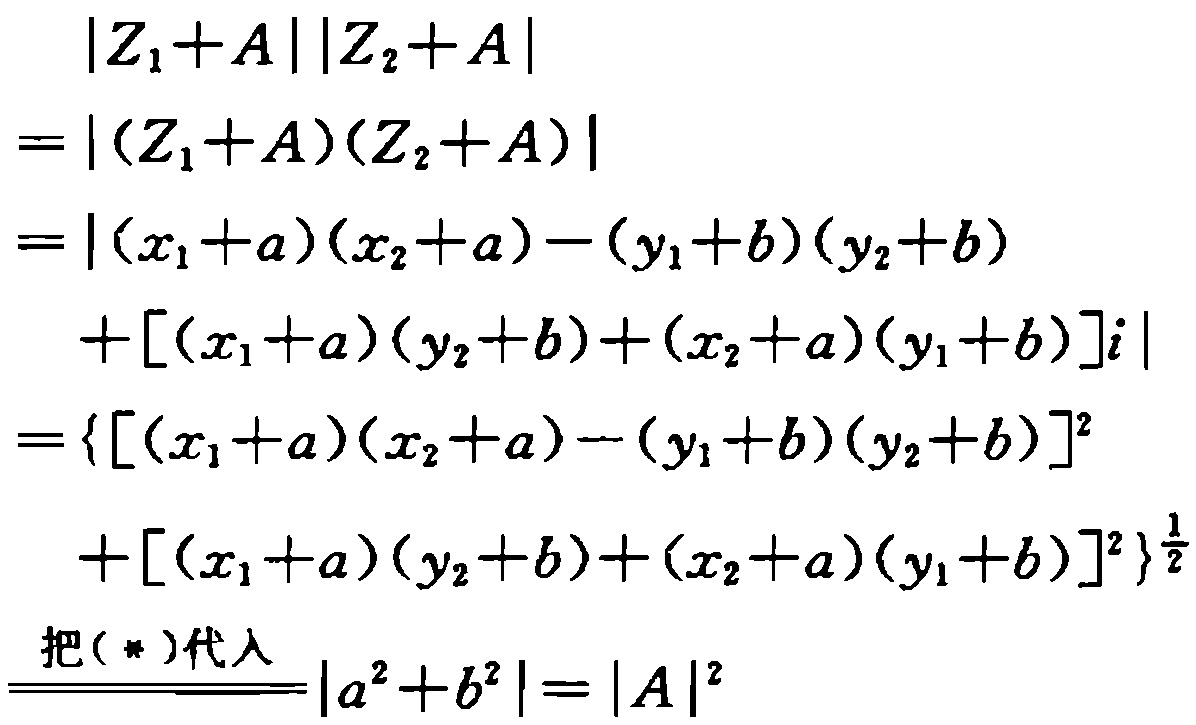
\[
\begin{align*}
&|Z_1 + A||Z_2 + A|\\
=&|(Z_1 + A)(Z_2 + A)|\\
=&|(x_1 + a)(x_2 + a) - (y_1 + b)(y_2 + b)\\
&+[(x_1 + a)(y_2 + b)+(x_2 + a)(y_1 + b)]i|\\
=&\left\{[(x_1 + a)(x_2 + a) - (y_1 + b)(y_2 + b)]^2\\
&+[(x_1 + a)(y_2 + b)+(x_2 + a)(y_1 + b)]^2\right\}^{\frac{1}{2}}\\
&\overset{把(*)代入}{=}|a^2 + b^2|=|A|^2
\end{align*}
\]